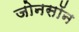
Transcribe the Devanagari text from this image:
जोनसॉन